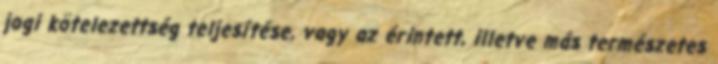
jogi kötelezettség teljesítése, vagy az érintett, illetve más természetes